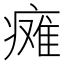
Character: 瘫